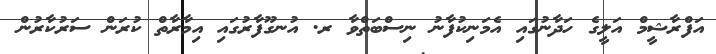
އަފްރާޝީމް އަލީގެ ހަދާނުގައި އެމަނިކުފާނު ނިސްބަތްވާ ރ. އުނގޫފާރުގައި އިމާރާތް ކުރަން ސަރުކާރުން